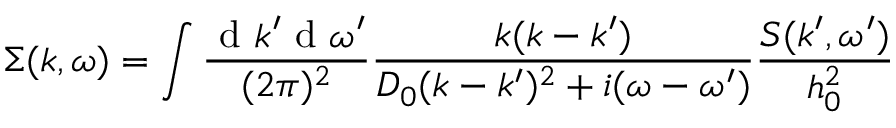
\Sigma ( k , \omega ) = \int \frac { \mathrm { ~ d ~ } k ^ { \prime } \mathrm { ~ d ~ } \omega ^ { \prime } } { ( 2 \pi ) ^ { 2 } } \frac { k ( k - k ^ { \prime } ) } { D _ { 0 } ( k - k ^ { \prime } ) ^ { 2 } + i ( \omega - \omega ^ { \prime } ) } \frac { S ( k ^ { \prime } , \omega ^ { \prime } ) } { h _ { 0 } ^ { 2 } }